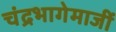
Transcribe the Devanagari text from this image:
चंद्रभागेमाजीं